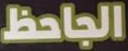
الجاحظ